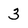
Character: 3